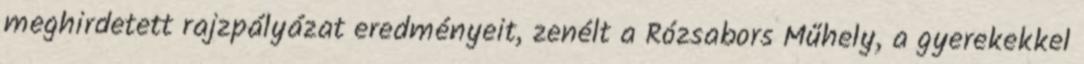
meghirdetett rajzpályázat eredményeit, zenélt a Rózsabors Műhely, a gyerekekkel